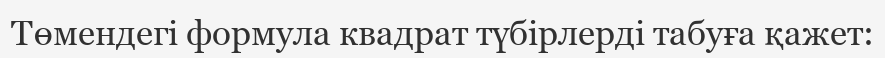
Төмендегі формула квадрат түбірлерді табуға қажет: